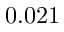
0 . 0 2 1